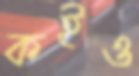
কইও